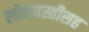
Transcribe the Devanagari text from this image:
लोकवस्तीसह